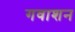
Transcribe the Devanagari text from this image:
गवाशन